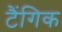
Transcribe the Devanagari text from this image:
टैंगिक